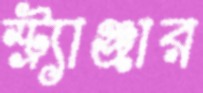
স্ট্র্যাঞ্জার